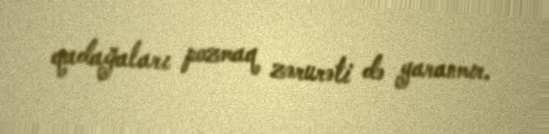
qadağaları pozmaq zərurəti də yaranmır.